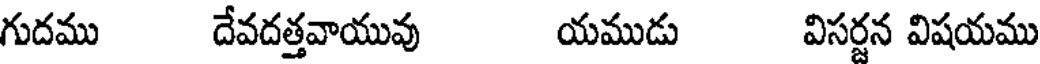
గుదము దేవదత్తవాయువు యముడు విసర్జన విషయము